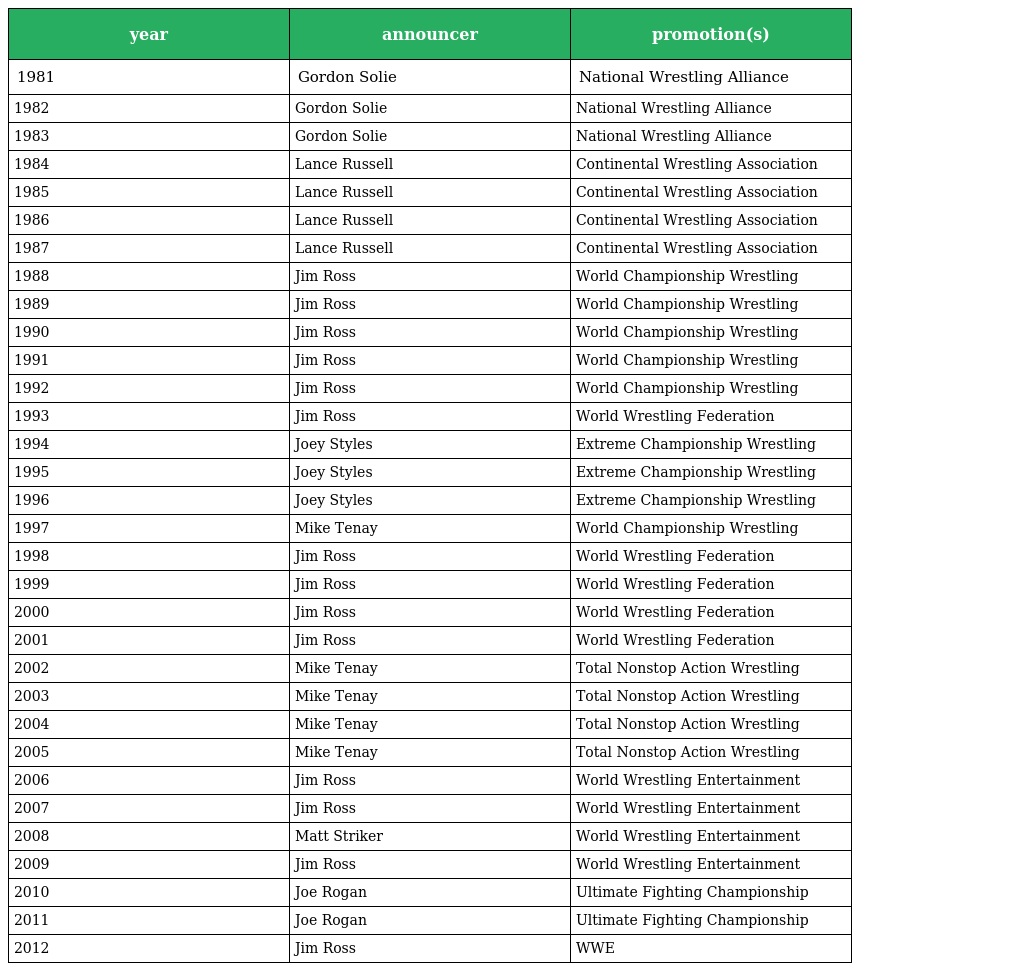
| year | announcer | promotion(s) |
 | --- | --- | --- |
 | 1981 | Gordon Solie | National Wrestling Alliance |
 | 1982 | Gordon Solie | National Wrestling Alliance |
 | 1983 | Gordon Solie | National Wrestling Alliance |
 | 1984 | Lance Russell | Continental Wrestling Association |
 | 1985 | Lance Russell | Continental Wrestling Association |
 | 1986 | Lance Russell | Continental Wrestling Association |
 | 1987 | Lance Russell | Continental Wrestling Association |
 | 1988 | Jim Ross | World Championship Wrestling |
 | 1989 | Jim Ross | World Championship Wrestling |
 | 1990 | Jim Ross | World Championship Wrestling |
 | 1991 | Jim Ross | World Championship Wrestling |
 | 1992 | Jim Ross | World Championship Wrestling |
 | 1993 | Jim Ross | World Wrestling Federation |
 | 1994 | Joey Styles | Extreme Championship Wrestling |
 | 1995 | Joey Styles | Extreme Championship Wrestling |
 | 1996 | Joey Styles | Extreme Championship Wrestling |
 | 1997 | Mike Tenay | World Championship Wrestling |
 | 1998 | Jim Ross | World Wrestling Federation |
 | 1999 | Jim Ross | World Wrestling Federation |
 | 2000 | Jim Ross | World Wrestling Federation |
 | 2001 | Jim Ross | World Wrestling Federation |
 | 2002 | Mike Tenay | Total Nonstop Action Wrestling |
 | 2003 | Mike Tenay | Total Nonstop Action Wrestling |
 | 2004 | Mike Tenay | Total Nonstop Action Wrestling |
 | 2005 | Mike Tenay | Total Nonstop Action Wrestling |
 | 2006 | Jim Ross | World Wrestling Entertainment |
 | 2007 | Jim Ross | World Wrestling Entertainment |
 | 2008 | Matt Striker | World Wrestling Entertainment |
 | 2009 | Jim Ross | World Wrestling Entertainment |
 | 2010 | Joe Rogan | Ultimate Fighting Championship |
 | 2011 | Joe Rogan | Ultimate Fighting Championship |
 | 2012 | Jim Ross | WWE |